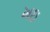
ખઇ